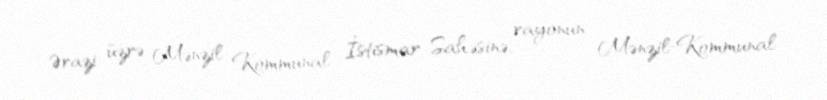
Ərazi üzrə Mənzil Kommunal İstismar Sahəsinə, rayonun Mənzil-Kommunal